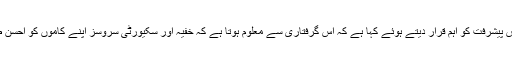
جرمن وزارت داخلہ نے اس پیشرفت کو اہم قرار دیتے ہوئے کہا ہے کہ اس گرفتاری سے معلوم ہوتا ہے کہ خفیہ اور سکیورٹی سروسز اپنے کاموں کو احسن طریقے سے نبھا رہے ہیں۔